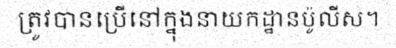
ត្រូវបានប្រើនៅក្នុងនាយកដ្ឋានប៉ូលីស។